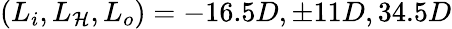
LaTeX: (L_{i},L_{\mathcal{H}},L_{o})=-16.5D,\pm11D,34.5D